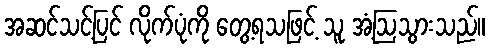
အဆင်သင့်ပြင် လိုက်ပုံကို တွေ့ရသဖြင့် သူ အံ့ဩသွားသည်။